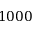
1 0 0 0